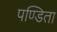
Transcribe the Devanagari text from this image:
पण्डिता